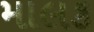
માલક